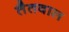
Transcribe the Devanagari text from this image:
तैतवाल